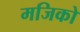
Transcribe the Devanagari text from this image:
मजिको